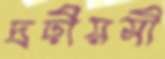
দ্রঢ়ীয়সী